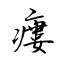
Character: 瘻